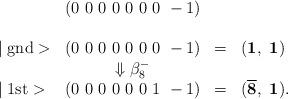
LaTeX: \begin{align*}\begin{array}{lccl} & (0~0~0~0~0~0~0~-1) \\\\\mid \mbox{gnd}> & (0~0~0~0~0~0~0~-1) & = & ({\bf 1},~{\bf 1}) \\ & \Downarrow \beta_8^- \\\mid \mbox{1st}> & (0~0~0~0~0~0~1~-1) & = & ({\bf \overline 8},~{\bf 1}). \\\end{array}\end{align*}